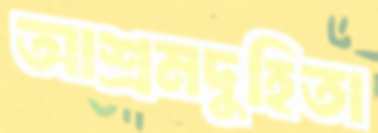
আশ্রমদুহিতা